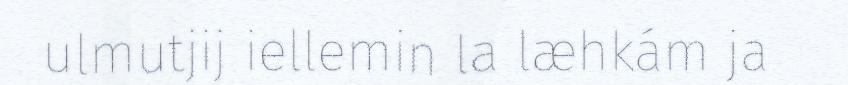
ulmutjij iellemin la læhkám ja